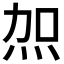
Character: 𭴖